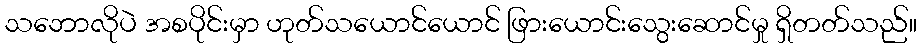
သဘောလိုပဲ အစပိုင်းမှာ ဟုတ်သယောင်ယောင် ဖြားယောင်းသွေးဆောင်မှု ရှိတတ်သည်။